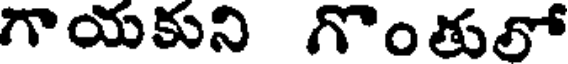
గాయకుని గొంతులో